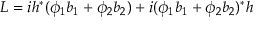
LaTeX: L = i h ^ { * } ( \phi _ { 1 } b _ { 1 } + \phi _ { 2 } b _ { 2 } ) + i ( \phi _ { 1 } b _ { 1 } + \phi _ { 2 } b _ { 2 } ) ^ { * } h